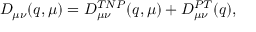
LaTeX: D _ { \mu \nu } ( q , \mu ) = D _ { \mu \nu } ^ { T N P } ( q , \mu ) + D _ { \mu \nu } ^ { P T } ( q ) ,